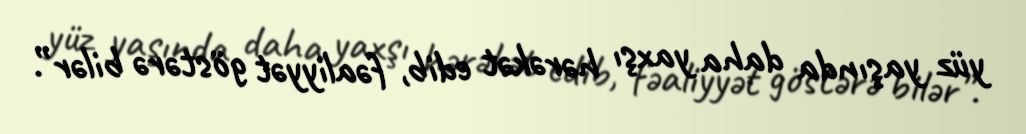
yüz yaşında daha yaxşı hərəkət edib, fəaliyyət göstərə bilər”.